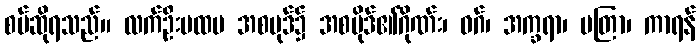
စပ်ဆိုရသည်။ လက်ဦးပထမ အစပုဒ်၌ အစပိုဒ်၏ဂိုဏ်း၊ ဝဂ်၊ အက္ခရာ၊ မတြာ၊ ကာရန်